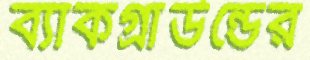
ব্যাকগ্রাউন্ডের